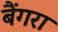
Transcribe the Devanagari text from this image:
बैंगरा